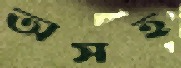
অসহ